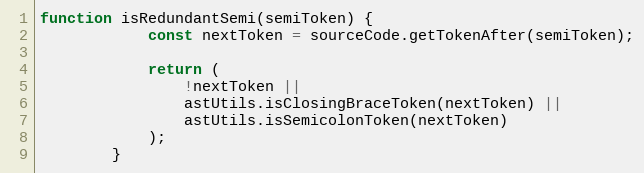
Language: JavaScript
function isRedundantSemi(semiToken) {
            const nextToken = sourceCode.getTokenAfter(semiToken);

            return (
                !nextToken ||
                astUtils.isClosingBraceToken(nextToken) ||
                astUtils.isSemicolonToken(nextToken)
            );
        }